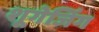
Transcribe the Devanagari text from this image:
शूगेजिंग